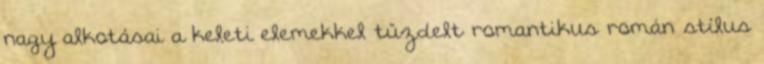
nagy alkotásai a keleti elemekkel tűzdelt romantikus román stílus